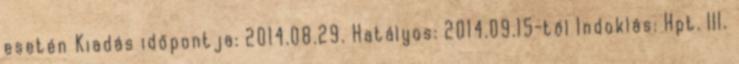
esetén Kiadás időpontja: 2014.08.29. Hatályos: 2014.09.15-től Indoklás: Hpt. III.